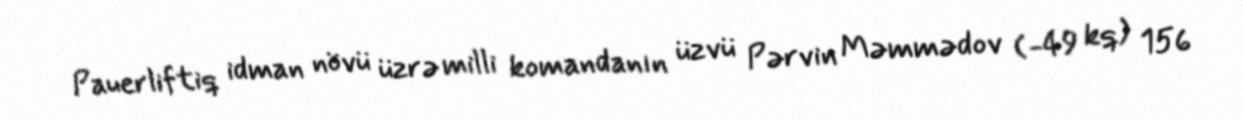
Pauerliftiq idman növü üzrə milli komandanın üzvü Pərvin Məmmədov (-49 kq) 156